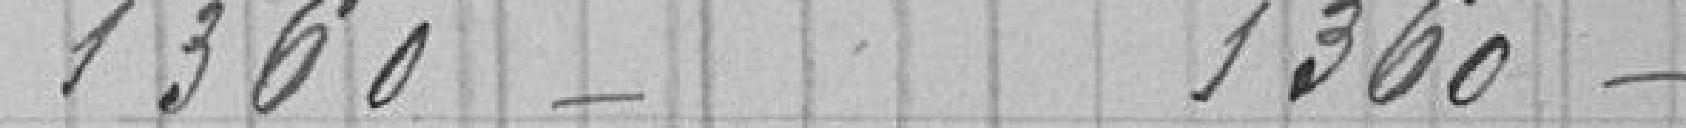
1360 1360